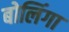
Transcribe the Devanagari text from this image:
बोलिंगा